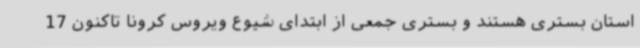
استان بستری هستند و بستری جمعی از ابتدای شیوع ویروس کرونا تاکنون 17